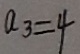
a _ { 3 } = 4